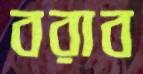
বরাব